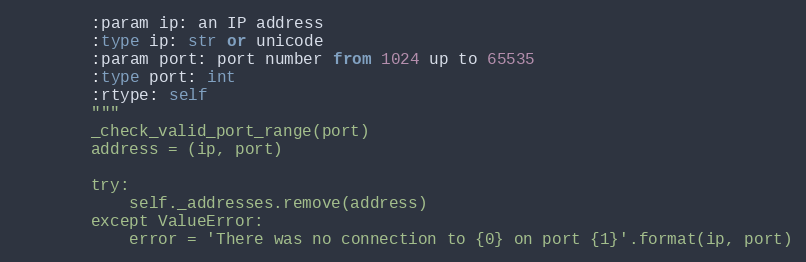
Language: Python
        :param ip: an IP address
        :type ip: str or unicode
        :param port: port number from 1024 up to 65535
        :type port: int
        :rtype: self
        """
        _check_valid_port_range(port)
        address = (ip, port)

        try:
            self._addresses.remove(address)
        except ValueError:
            error = 'There was no connection to {0} on port {1}'.format(ip, port)